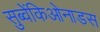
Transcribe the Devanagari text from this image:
सुब्वेंकिओनाडस